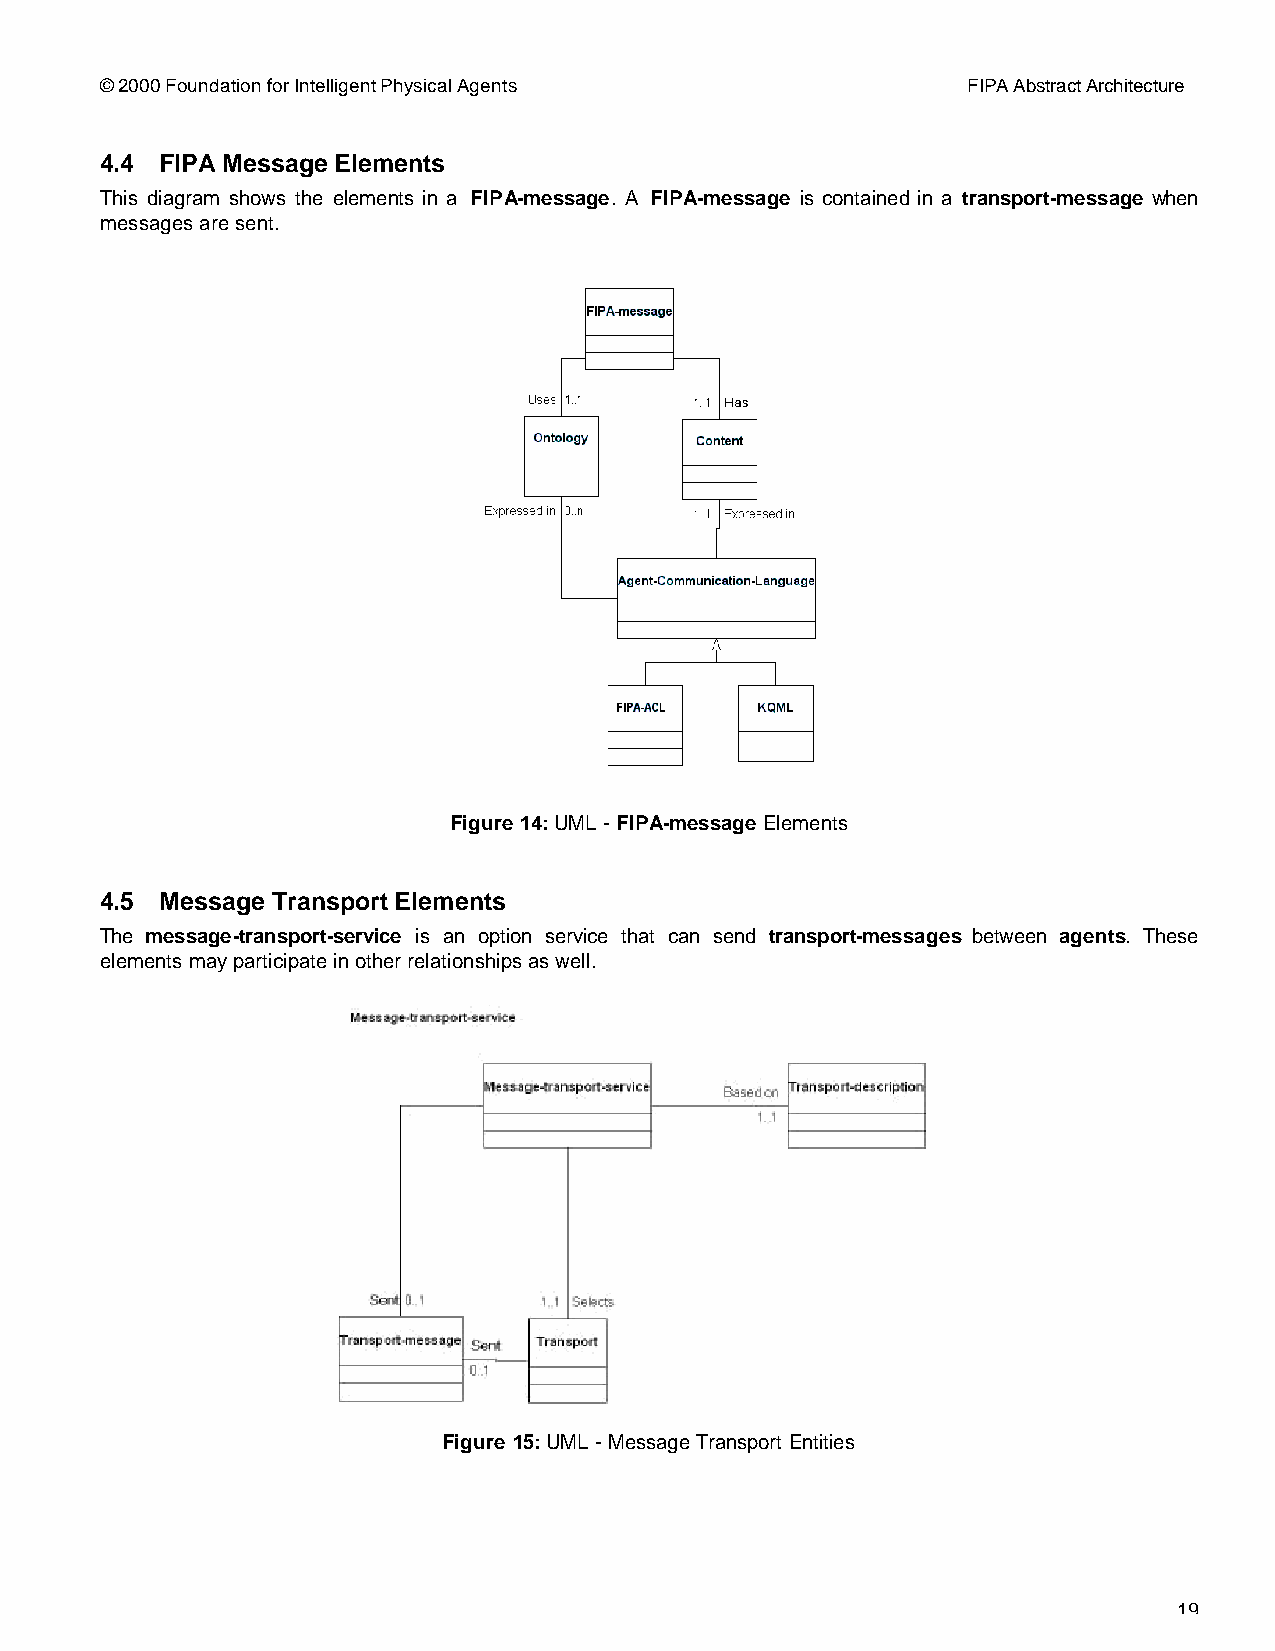
© 2000 Foundation for Intelligent Physical Agents        FIPA Abstract Architecture
 4.4 FIPA Message Elements
 This diagram shows the elements in a FIPA-message. A FIPA-message is contained in a transport-message when
 messages are sent.
 Figure 14: UML - FIPA-message Elements
 4.5 Message Transport Elements
 The message-transport-service is an option service that can send transport-messages between agents. These
 elements may participate in other relationships as well.
 Figure 15: UML - Message Transport Entities
 19